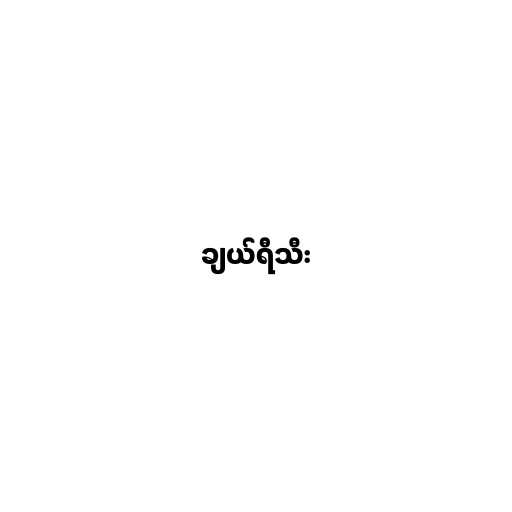
ချယ်ရီသီး